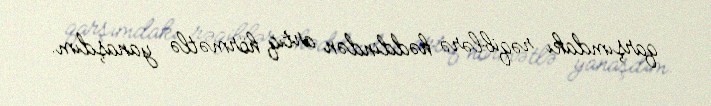
qarşımdakı rəqiblərə həddindən artıq hörmətlə yanaşdım.